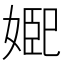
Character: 𭒆